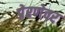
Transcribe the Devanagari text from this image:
प्रेरणेवर